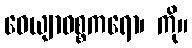
ဝေယျာဝစ္စကရော၊ ကို။